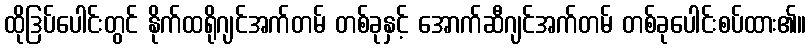
ထိုဒြပ်ပေါင်းတွင် နိုက်ထရိုဂျင်အက်တမ် တစ်ခုနှင့် အောက်ဆီဂျင်အက်တမ် တစ်ခုပေါင်းစပ်ထား၏။